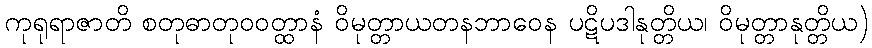
ကုရုရာဇာတိ စတုဓာတုဝဝတ္ထာနံ ဝိမုတ္တာယတနဘာဝေန ပဋိပဒါနုတ္တိယ၊ ဝိမုတ္တာနုတ္တိယ)